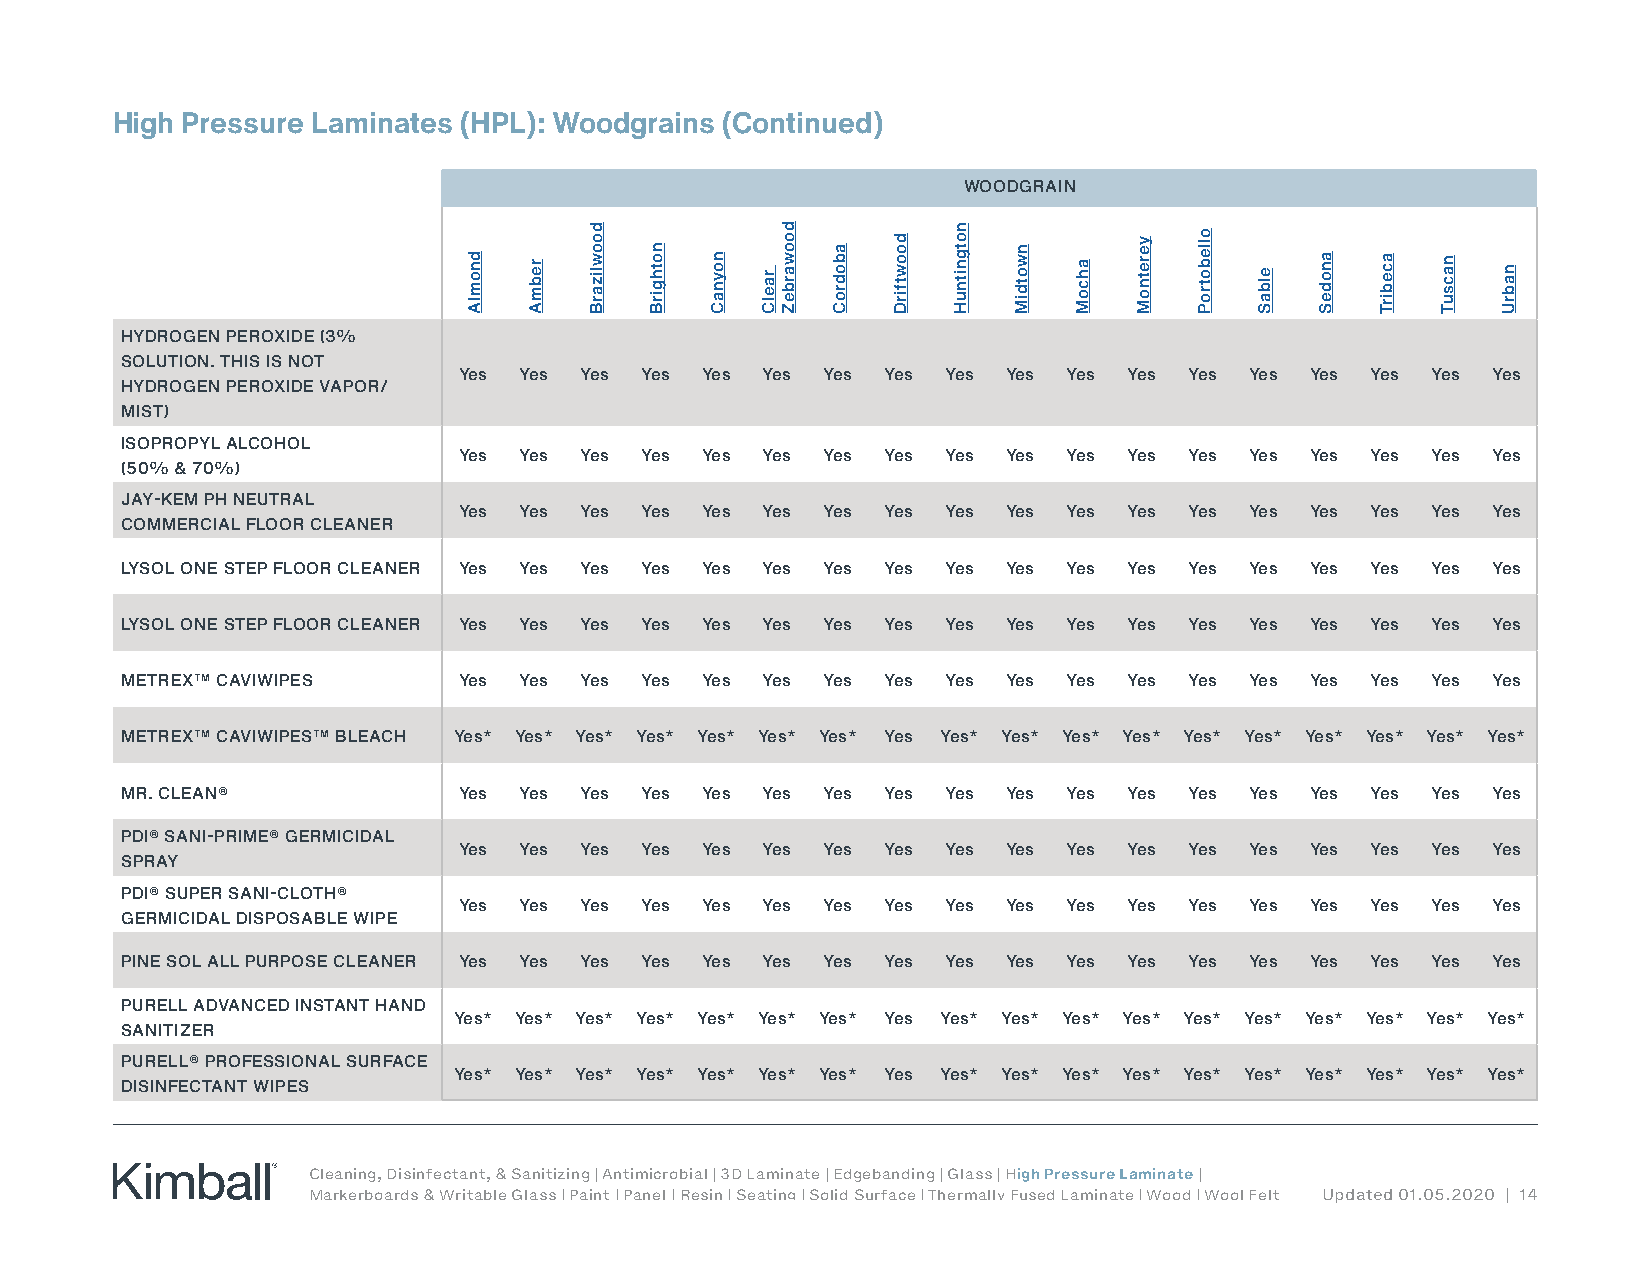
High Pressure Laminates (HPL): Woodgrains (Continued)
 WOODGRAIN
 HYDROGEN PEROXIDE (3%
 SOLUTION. THIS IS NOT
 Yes Yes Yes Yes Yes Yes Yes Yes  Yes Yes Yes Yes Yes Yes Yes Yes Yes Yes
 HYDROGEN PEROXIDE VAPOR/
 MIST)
 ISOPROPYL ALCOHOL
 Yes Yes Yes Yes Yes Yes Yes Yes  Yes Yes Yes Yes Yes Yes Yes Yes Yes Yes
 (50% & 70%)
 JAY-KEM PH NEUTRAL
 Yes Yes Yes Yes Yes Yes Yes Yes  Yes Yes Yes Yes Yes Yes Yes Yes Yes Yes
 COMMERCIAL FLOOR CLEANER
 LYSOL ONE STEP FLOOR CLEANER Yes Yes Yes Yes Yes Yes Yes Yes Yes Yes Yes Yes Yes Yes Yes Yes Yes Yes
 LYSOL ONE STEP FLOOR CLEANER Yes Yes Yes Yes Yes Yes Yes Yes Yes Yes Yes Yes Yes Yes Yes Yes Yes Yes
 METREX™ CAVIWIPES     Yes Yes Yes Yes Yes Yes Yes Yes  Yes Yes Yes Yes Yes Yes Yes Yes Yes Yes
 METREX™ CAVIWIPES™ BLEACH Yes* Yes* Yes* Yes* Yes* Yes* Yes* Yes Yes* Yes* Yes* Yes* Yes* Yes* Yes* Yes* Yes* Yes*
 MR. CLEAN®            Yes Yes Yes Yes Yes Yes Yes Yes  Yes Yes Yes Yes Yes Yes Yes Yes Yes Yes
 PDI® SANI-PRIME® GERMICIDAL
 Yes Yes Yes Yes Yes Yes Yes Yes  Yes Yes Yes Yes Yes Yes Yes Yes Yes Yes
 SPRAY
 PDI® SUPER SANI-CLOTH®
 Yes Yes Yes Yes Yes Yes Yes Yes  Yes Yes Yes Yes Yes Yes Yes Yes Yes Yes
 GERMICIDAL DISPOSABLE WIPE
 PINE SOL ALL PURPOSE CLEANER Yes Yes Yes Yes Yes Yes Yes Yes Yes Yes Yes Yes Yes Yes Yes Yes Yes Yes
 PURELL ADVANCED INSTANT HAND
 Yes* Yes* Yes* Yes* Yes* Yes* Yes* Yes Yes* Yes* Yes* Yes* Yes* Yes* Yes* Yes* Yes* Yes*
 SANITIZER
 PURELL® PROFESSIONAL SURFACE
 Yes* Yes* Yes* Yes* Yes* Yes* Yes* Yes Yes* Yes* Yes* Yes* Yes* Yes* Yes* Yes* Yes* Yes*
 DISINFECTANT WIPES
 Cleaning, Disinfectant, & Sanitizing | Antimicrobial | 3D Laminate | Edgebanding | Glass | High Pressure Laminate |
 Markerboards & Writable Glass | Paint | Panel | Resin | Seating | Solid Surface | Thermally Fused Laminate | Wood | Wool Felt Updated 01.05.2020 | 14
 dnomlA rebmA
 doowlizarB
 nothgirB
 noynaC raelC
 doowarbeZ
 abodroC
 doowtfirD notgnitnuH
 nwotdiM
 ahcoM
 yeretnoM ollebotroP
 elbaS anodeS acebirT nacsuT nabrU